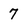
Character: 7